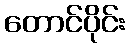
တောင်ပိုင်း